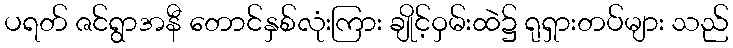
ပရတ် ဇင်ရွာအနီ တောင်နှစ်လုံးကြား ချိုင့်ဝှမ်းထဲ၌ ရုရှားတပ်များ သည်